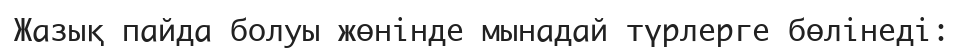
Жазық пайда болуы жөнінде мынадай түрлерге бөлінеді: